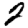
Digit: 2